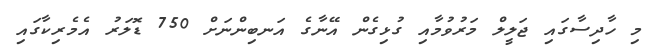
މި ހާދިސާގައި ޖަލީލް މަރުވުމާއި ގުޅިގެން އޭނާގެ އަނބިންނަށް 750 ޑޮލަރު އެމެރިކާގައި